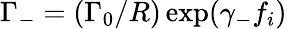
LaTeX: \Gamma_{-}=(\Gamma_{0}/R)\exp(\gamma_{-}f_{i})